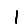
Digit: 1